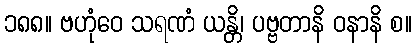
၁၈၈။ ဗဟုံဝေ သရဏံ ယန္တိ၊ ပဗ္ဗတာနိ ဝနာနိ စ။